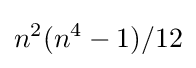
n^{2}(n^{4}-1)/12